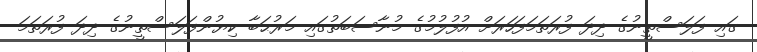
ގައި ފަލަސްތީނުގެ ދިދަ ފުރަތަމަފަހަރަށް އުފުލުމުގެ މުނާސަބަތުގައި މަރުޙަބާ ކިޔުންފަލަސްތީނުގެ ދިދަ ފުރަތަމަ